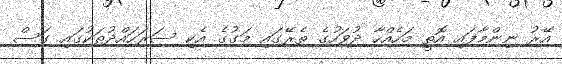
އޭރު ނިންމާފައި އޮތީ މަހެއްހާ ދުވަހުގެ ތެރޭގައި މަގުގެ އެކި ސަރަހައްދުތަކުގައި ގަސް